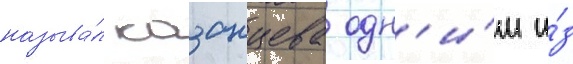
называ́л казанцева одн'и́м и́з